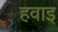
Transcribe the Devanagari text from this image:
हवाइ